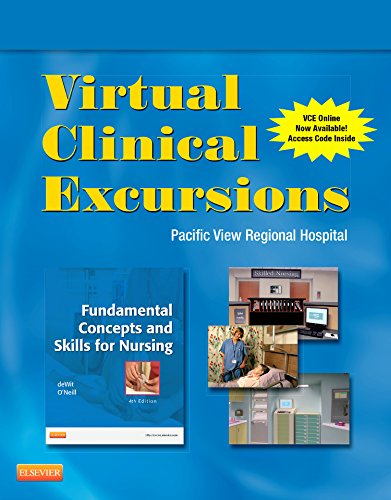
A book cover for Virtual Clinical Excursions 3.0 for Fundamental Concepts and Skills for Nursing, 4e; Susan C. deWit MSN  RN  CNS  PHN; Medical Books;